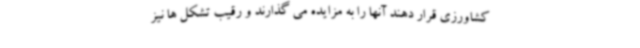
کشاورزی قرار دهند آنها را به مزایده می گذارند و رقیب تشکل ها نیز